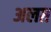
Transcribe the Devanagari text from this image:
अलग़